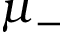
\mu _ { - }